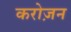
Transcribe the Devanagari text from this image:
करोज़न